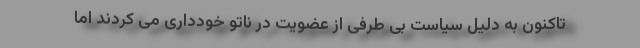
تاکنون به دلیل سیاست بی طرفی از عضویت در ناتو خودداری می کردند اما